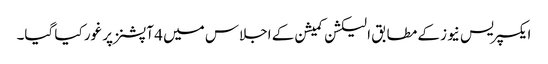
ایکسپریس نیوز کے مطابق الیکشن کمیشن کے اجلاس میں 4 آپشنز پر غور کیا گیا۔